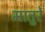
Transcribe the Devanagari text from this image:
मातुरे